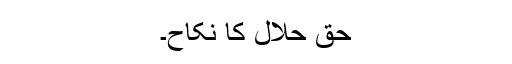
حق حلال کا نکاح۔